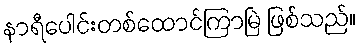
နာရီပေါင်းတစ်ထောင်ကြာမြဲ ဖြစ်သည်။